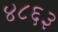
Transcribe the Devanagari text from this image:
४८६३